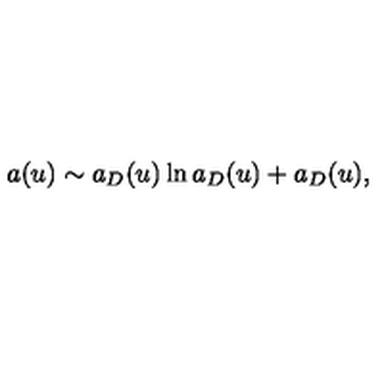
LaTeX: a ( u ) \sim a _ { D } ( u ) \ln a _ { D } ( u ) + a _ { D } ( u ) ,